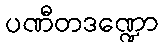
ပဏီတဒဏ္ဍော